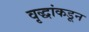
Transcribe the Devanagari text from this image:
वृद्धांकडून